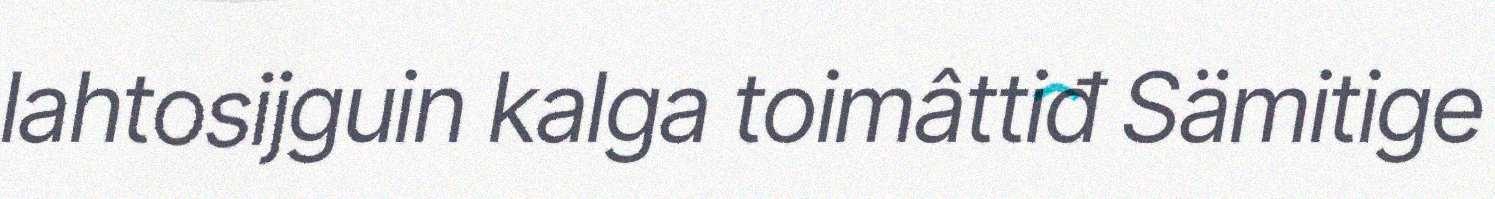
lahtosijguin kalga toimâttiđ Sämitige